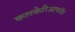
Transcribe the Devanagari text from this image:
कलकेरिआफॉस